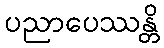
ပညာပေဿန္တိ